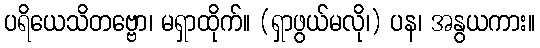
ပရိယေသိတဗ္ဗော၊ မရှာထိုက်။ (ရှာဖွယ်မလို၊) ပန၊ အနွယကား။